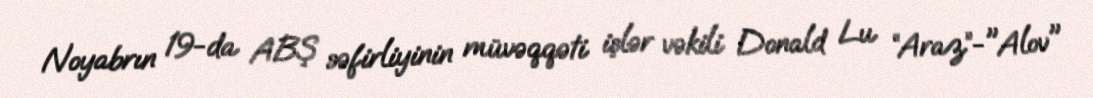
Noyabrın 19-da ABŞ səfirliyinin müvəqqəti işlər vəkili Donald Lu “Araz”-"Alov"